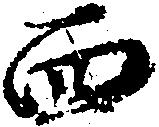
西